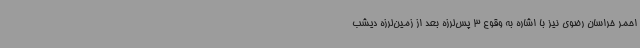
احمر خراسان رضوی نیز با اشاره به وقوع 3 پس‌لرزه بعد از زمین‌لرزه دیشب